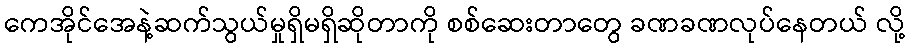
ကေအိုင်အေနဲ့ဆက်သွယ်မှုရှိမရှိဆိုတာကို စစ်ဆေးတာတွေ ခဏခဏလုပ်နေတယ် လို့